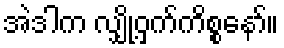
အဲဒါက လျှို့ဝှက်ကိစ္စနော်။